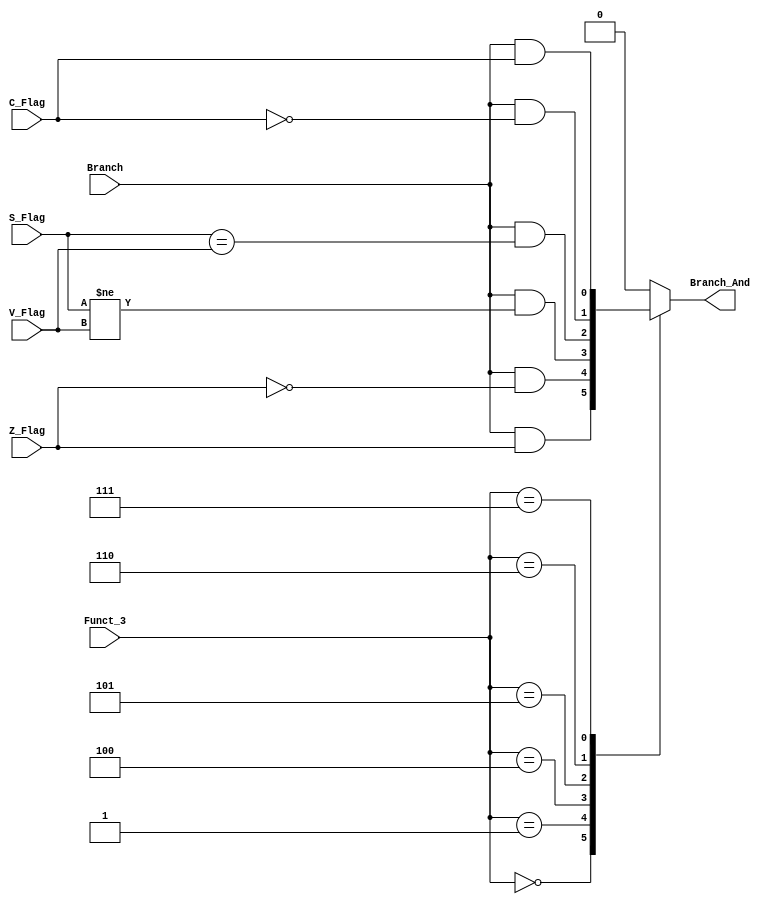
`timescale 1ns / 1ps

/*******************************************************************
* Module: Branch_Control_Unit.v
* Project: Arch-Project-1
           Nour Kasaby N.Kasaby@aucegypt.edu
* Description: Using the Funct_3 of the given instruction and the flags 
               calculated in the ALU, the branch control unit will assess 
               these flags and will return a signal to branch or not
* Change history: 03/11/23  Created module 
**********************************************************************/

module Branch_Control_Unit
(
    input [2:0] Funct_3,
    input Z_Flag,
    input S_Flag,
    input V_Flag,
    input C_Flag,
    input Branch,
    output reg Branch_And
);

always @(*) begin
    case(Funct_3)
        3'b000: Branch_And = Branch & Z_Flag;
        3'b001: Branch_And = Branch & ~Z_Flag;
        3'b100: Branch_And = Branch & (S_Flag != V_Flag);
        3'b101: Branch_And = Branch & (S_Flag == V_Flag);
        3'b110: Branch_And = Branch & ~C_Flag;
        3'b111: Branch_And = Branch & C_Flag;
        default: Branch_And = 1'b0;
    endcase
end
endmodule